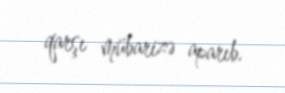
qarşı mübarizə aparıb.